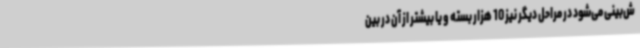
ش‌بینی می‌شود در مراحل دیگر نیز 10 هزار بسته و یا بیشتر از آن در بین